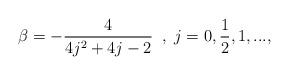
LaTeX: \begin{align*}\beta = -\frac{4}{4j^2 + 4j - 2} \; \; , \; j = 0, \frac{1}{2}, 1, ...,\end{align*}